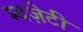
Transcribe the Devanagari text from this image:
म्यज़ेटी